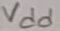
Text: Vdd